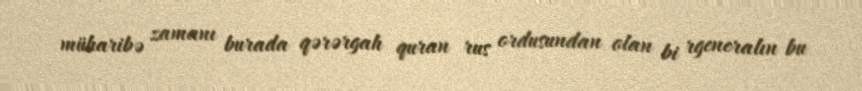
müharibə zamanı burada qərərgah quran rus ordusundan olan bi rgeneralın bu